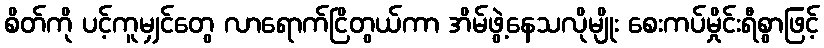
စိတ်ကို ပင့်ကူမျှင်တွေ လာရောက်ငြိတွယ်ကာ အိမ်ဖွဲ့နေသလိုမျိုး စေးကပ်မှိုင်းရီစွာဖြင့်